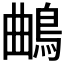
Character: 𱈦